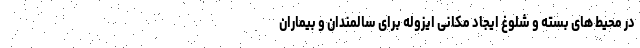
در محیط های بسته و شلوغ ایجاد مکانی ایزوله برای سالمندان و بیماران